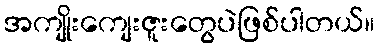
အကျိုးကျေးဇူးတွေပဲဖြစ်ပါတယ်။